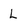
Character: L